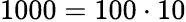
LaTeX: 1000=100\cdot 10